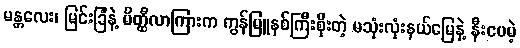
မန္တလေး၊ မြင်းခြံနဲ့ မိတ္ထီလာကြားက ကွန်မြူနစ်ကြီးစိုးတဲ့ မသုံးလုံးနယ်မြေနဲ့ နီးပေမဲ့